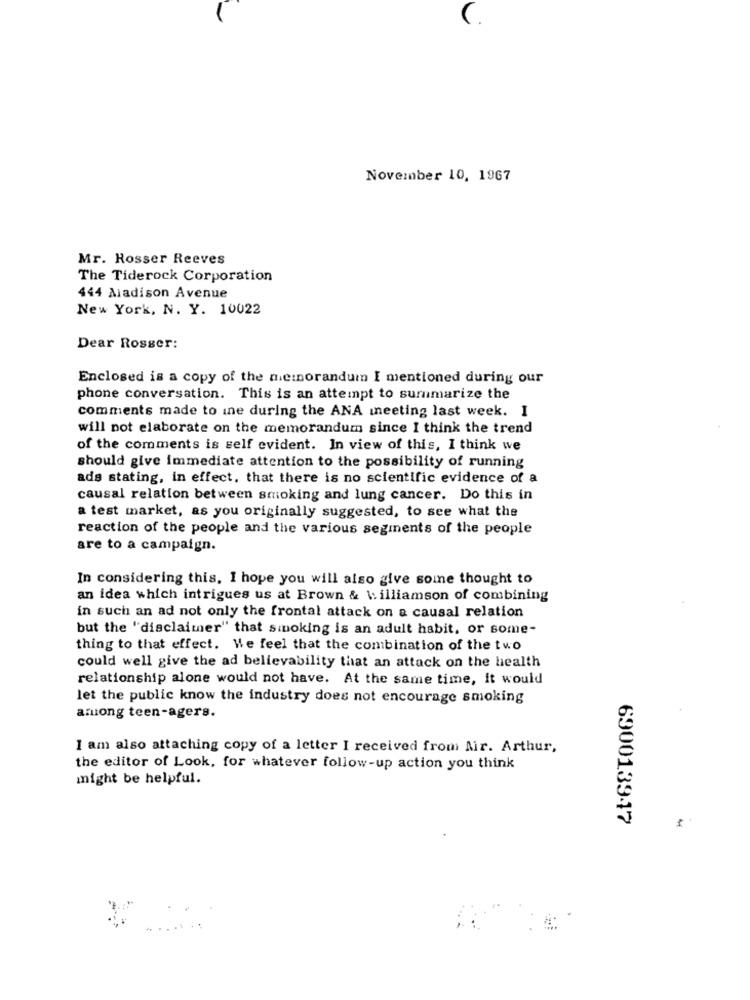
(.
November 10, 1967
Mr. Rosser Reeves
The Tiderock Corporation
444 Madison Avenue
New York, N. Y. 10022
Dear Rosser:
Enclosed is a copy of the memorandum I mentioned during our
phone conversation. This is an attempt to summarize the
comments made to ine during the ANA meeting last week. I
will not elaborate on the memorandum since I think the trend
of the comments is self evident. In view of this, I think we
should give immediate attention to the possibility of running
ads stating, in effect, that there is no scientific evidence of a
causal relation between smoking and lung cancer. Do this in
a test market, as you originally suggested, to see what the
reaction of the people and the various segments of the people
are to a campaign.
In considering this. I hope you will also give some thought to
an idea which intrigues us at Brown & \.illiamson of combining
in such an ad not only the frontal attack on a causal relation
but the "disclaimer" that sinoking is an adult habit, or some-
thing to that effect. We feel that the combination of the two
could well give the ad believability that an attack on the health
relationship alone would not have. At the same time, it would
let the public know the industry does not encourage smoking
among teen-agers.
I am also attaching copy of a letter I received from Air. Arthur,
the editor of Look, for whatever follow-up action you think
might be helpful.
6900139-17